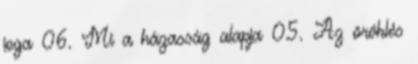
joga 06. Mi a házasság alapja 05. Az öröklés